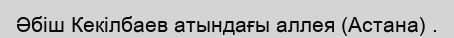
Әбіш Кекілбаев атындағы аллея (Астана) .